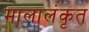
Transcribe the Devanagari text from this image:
मालालंकृत